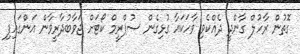
ގޮތުން ރާހުލް ގާންދީ ދެއްކެވި ވާހަކައާ ގުޅިގެން ސުޕްރީމް ކޯޓަށް ޖަވާބުދާރީވާން އަންގައިފި